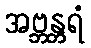
အဗ္ဘန္တရံ